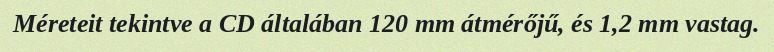
Méreteit tekintve a CD általában 120 mm átmérőjű, és 1,2 mm vastag.